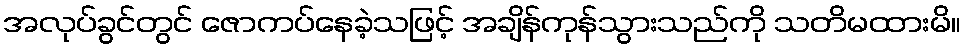
အလုပ်ခွင်တွင် ဇောကပ်နေခဲ့သဖြင့် အချိန်ကုန်သွားသည်ကို သတိမထားမိ။